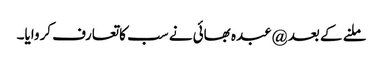
ملنے کے بعد @عبدہ بھائی نے سب کاتعارف کروایا۔